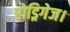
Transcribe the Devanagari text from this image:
रोड्रिगेज।